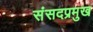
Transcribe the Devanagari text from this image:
संसदप्रमुख